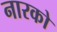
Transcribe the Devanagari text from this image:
नारको